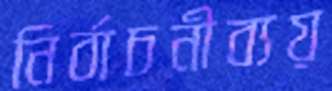
নির্বাচনীব্যয়